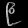
Digit: ၉